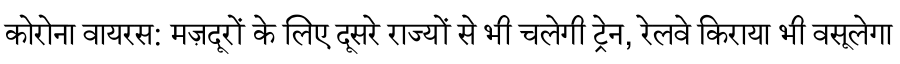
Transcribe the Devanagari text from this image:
कोरोना वायरस: मज़दूरों के लिए दूसरे राज्यों से भी चलेगी ट्रेन, रेलवे किराया भी वसूलेगा